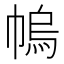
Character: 𢄓